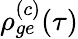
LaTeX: \rho_{ge}^{(c)}(\tau)